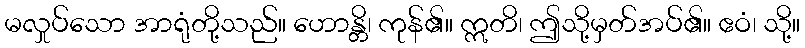
မလှုပ်သော အာရုံတို့သည်။ ဟောန္တိ၊ ကုန်၏။ ဣတိ၊ ဤသို့မှတ်အပ်၏။ ဧဝံ၊ သို့။